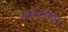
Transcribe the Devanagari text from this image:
कानपाडात